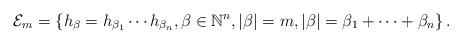
LaTeX: \begin{align*} \mathcal{E}_m = \left\{ h_{\beta} = h_{\beta_1} \cdots h_{\beta_n}, \beta \in \mathbb{N}^n, |\beta| = m , |\beta| = \beta_1 + \cdots +\beta_n \right\}.\end{align*}